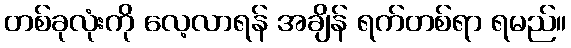
တစ်ခုလုံးကို လေ့လာရန် အချိန် ရက်တစ်ရာ ရမည်။